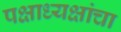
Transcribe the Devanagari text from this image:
पक्षाध्यक्षांचा